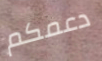
دعمكم